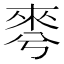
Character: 𣓚